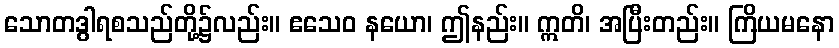
သောတဒွါရစသည်တို့၌လည်း။ ဧသေဝ နယော၊ ဤနည်း။ ဣတိ၊ အပြီးတည်း။ ကြိယမနော